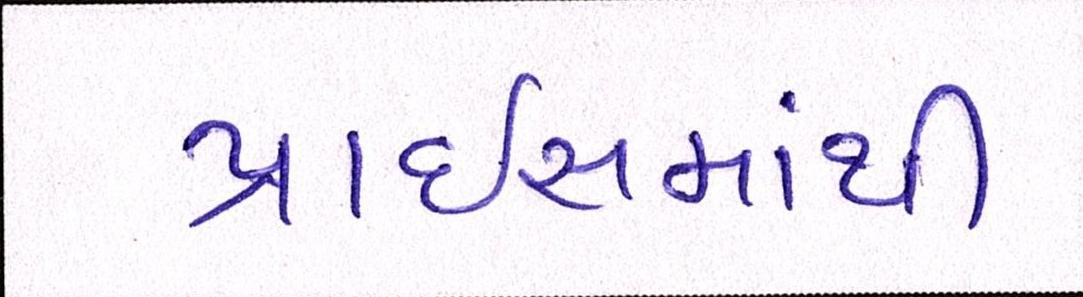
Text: પ્રાઇસમાંથી